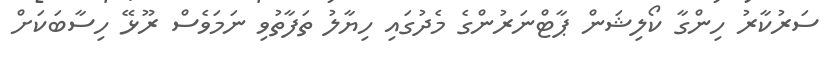
ސަރުކާރު ހިންގާ ކޯލިޝަން ޕާޓްނަަރުންގެ މެދުގައި ހިޔާލު ތަފާތުވި ނަމަވެސް ރޫޅޭ ހިސާބަކަށް